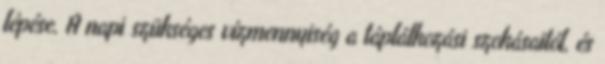
lépése. A napi szükséges vízmennyiség a táplálkozási szokásaitól, és